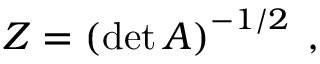
Z = \left( \operatorname * { d e t } A \right) ^ { - 1 / 2 } \: ,